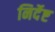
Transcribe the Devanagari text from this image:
निर्देष्ट